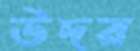
উদর